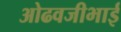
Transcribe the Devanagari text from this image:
ओढवजीभाई